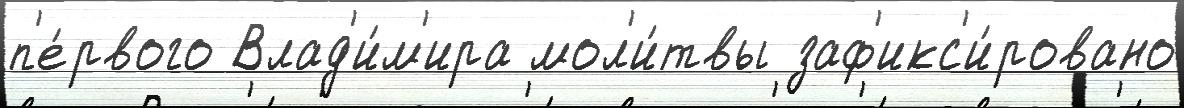
п'е́рвого Влад'и́м'ира мол'и́твы заф'икс'и́ровано